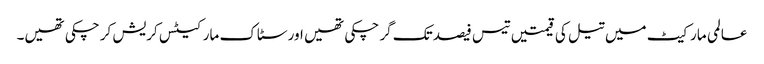
عالمی مارکیٹ میں تیل کی قیمتیں تیس فیصد تک گر چکی تھیں اور سٹاک مارکیٹس کریش کر چکی تھیں۔